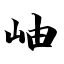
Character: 岫